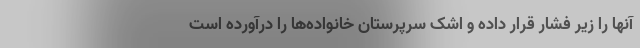
آنها را زیر فشار قرار داده و ‌اشک سرپرستان خانواده‌ها را درآورده است